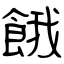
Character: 餓